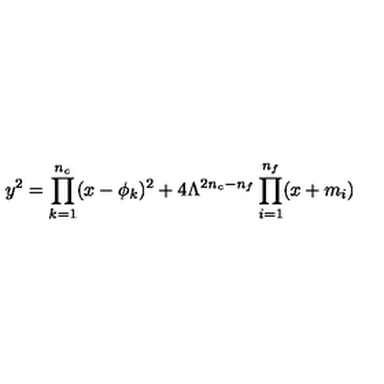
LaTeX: y ^ { 2 } = \prod _ { k = 1 } ^ { n _ { c } } ( x - \phi _ { k } ) ^ { 2 } + 4 \Lambda ^ { 2 n _ { c } - n _ { f } } \prod _ { i = 1 } ^ { n _ { f } } ( x + m _ { i } )